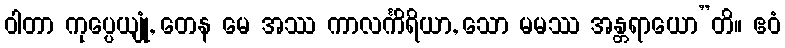
ဝါတာ ကုပ္ပေယျုံ, တေန မေ အဿ ကာလင်္ကိရိယာ, သော မမဿ အန္တရာယော”တိ။ ဧဝံ